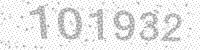
Solution: 101932